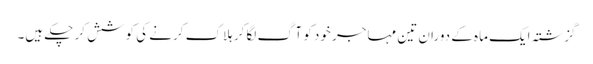
گزشتہ ایک ماہ کے دوران تین مہاجر خود کو آگ لگا کر ہلاک کرنے کی کوشش کر چکے ہیں۔